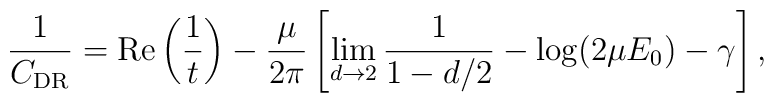
\frac{1}{C_{\rm DR}}=\mbox{Re} \left(\frac{1}{t}\right) -\frac{\mu}{2 \pi} \left[ \lim_{d \rightarrow 2} \frac{1}{1-d/2}- \log(2 \mu E_0) -  \gamma \right],